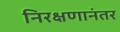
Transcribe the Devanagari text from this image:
निरक्षणानंतर